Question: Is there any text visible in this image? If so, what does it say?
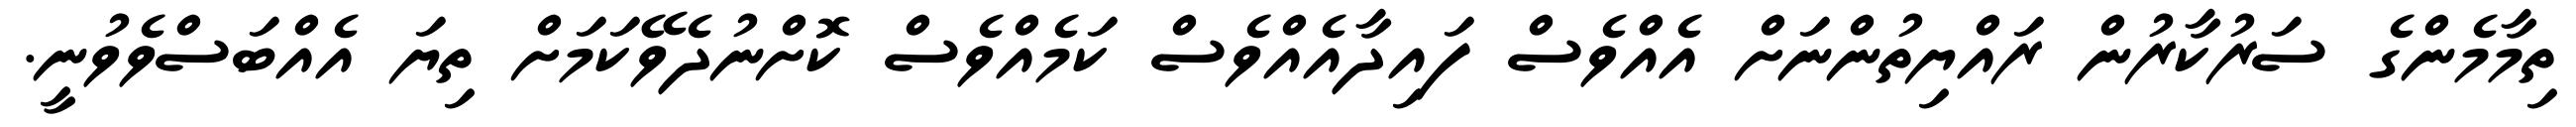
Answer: ތިމާމެންގެ ސަރުކާރުން ރައްޔިތުންނަށް އެއްވެސް ފައިދާއެއްވެސް ކަމެއްވެސް ކޮށްނުދެވޭކަމަށް ތިޔަ އެއްބަސްވެވުނީ.